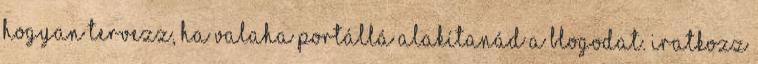
hogyan tervezz, ha valaha portállá alakítanád a blogodat. Iratkozz